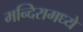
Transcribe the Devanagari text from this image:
मन्दिरामध्ये